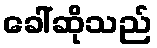
ခေါ်ဆိုသည်